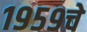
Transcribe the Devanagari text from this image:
१९५९चे